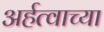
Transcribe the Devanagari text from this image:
अर्हत्वाच्या